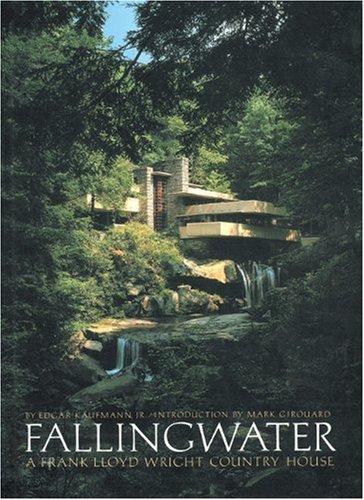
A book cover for Fallingwater: A Frank Lloyd Wright Country House; Edgar Kaufmann Jr.; Arts & Photography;